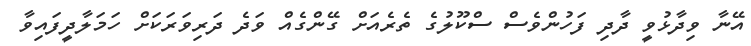
އޭނާ ވިދާޅުވީ ދާދި ފަހުންވެސް ސްކޫލުގެ ތެރެއަށް ގޭންގެއް ވަދެ ދަރިވަރަކަށް ހަމަލާދީފައިވާ